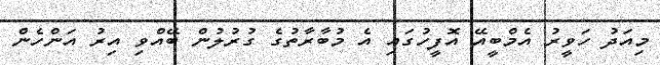
މިއަދު ހަވީރު އެމްބީއޭ އޮފީހުގައި އެ މުބާރާތުގެ ގުރުލުން ބޭއްވި އިރު އަންހެން